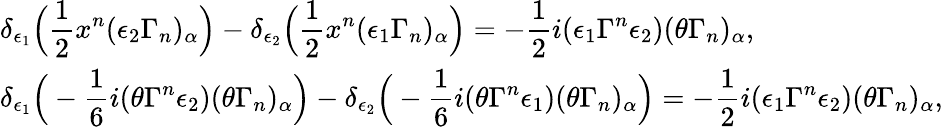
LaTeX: \begin{array}{l}{{\delta_{\epsilon_{1}}\Big(\displaystyle\frac 12x^{n}(\epsilon_{2}\Gamma_{n})_{\alpha}\Big)-\delta_{\epsilon_{2}}\Big(\frac 12x^{n}(\epsilon_{1}\Gamma_{n})_{\alpha}\Big)=-\frac 12i(\epsilon_{1}\Gamma^{n}\epsilon_{2})(\theta\Gamma_{n})_{\alpha},}}\\ {{\delta_{\epsilon_{1}}\Big(-\displaystyle\frac 16i(\theta\Gamma^{n}\epsilon_{2})(\theta\Gamma_{n})_{\alpha}\Big)-\delta_{\epsilon_{2}}\Big(-\frac 16i(\theta\Gamma^{n}\epsilon_{1})(\theta\Gamma_{n})_{\alpha}\Big)=-\frac 12i(\epsilon_{1}\Gamma^{n}\epsilon_{2})(\theta\Gamma_{n})_{\alpha},}}\end{array}